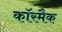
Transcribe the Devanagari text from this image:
कॉरमैक